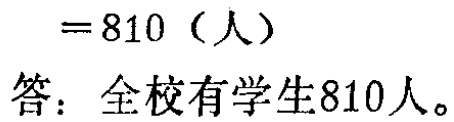
$=810 \text{（人）}$

答：全校有学生810人。